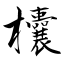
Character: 欜